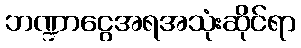
ဘဏ္ဍာငွေအရအသုံးဆိုင်ရာ